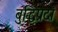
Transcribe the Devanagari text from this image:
बुद्धिप्रदां